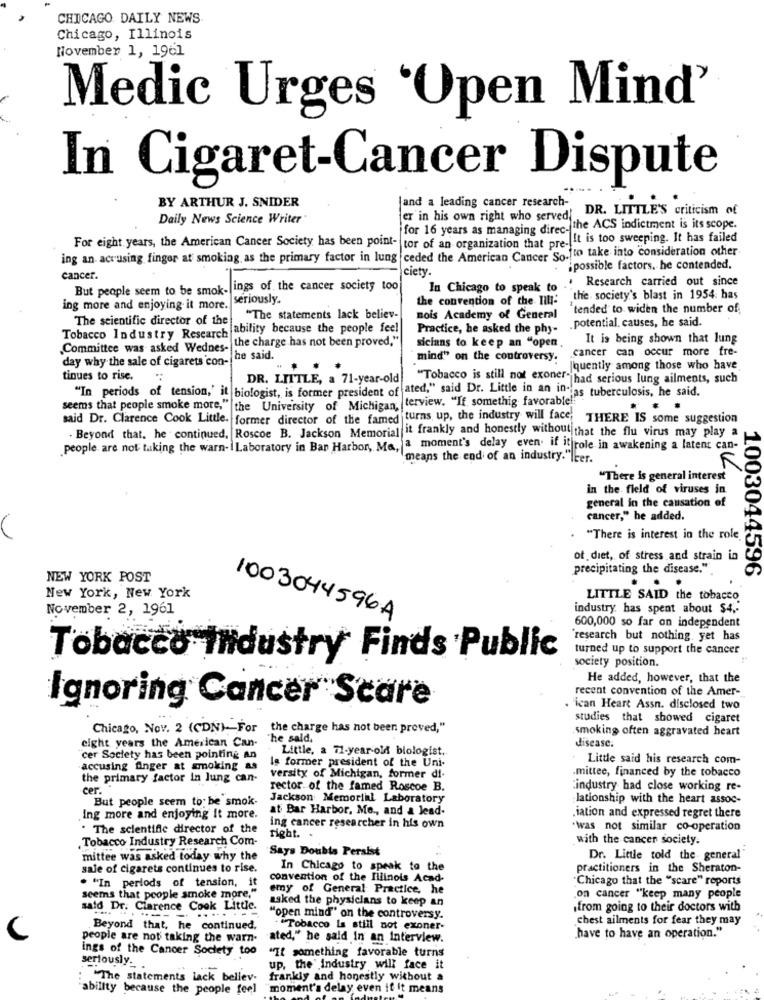
CHICAGO DAILY NEWS
Chicago, Illinois
November 1, 1961
Medic Urges 'Open Mind'
In Cigaret-Cancer Dispute
BY ARTHUR J. SNIDER
Jand a leading cancer research-
er in his own right who served, DR. LITTLE'S criticism of
Daily News Science Writer"
for 16 years as managing direc- the ACS indictment is its scope.
For eight years, the American Cancer Society has been point-to
tor of an organization that pre- It is too sweeping. It has failed
ing an accusing finger at smoking as the primary factor in lung ceded the American Cancer So !to take into consideration other
ciety.
ipossible factors. he contended,
cancer
. Research carried out since
But people seem to be smok- ings of the cancer society too
In Chicago to speak to
seriously.
the convention of the Illi:
the society's blast in 1954: has
ing more and enjoying it more.
"tended to widen the number of,
The scientific director of the
"The statements lack believ-
mois Academy of General
.potential. causes, he said.
Tobacco Industry Research ability because the people feel
Practice, he asked the phy-
the charge has not been proved,"
It is being shown that lung
Committee was asked Wednes-
sicians to keep an "open.
cancer can occur more fre-
day why the sale of cigarets con-
he said.
mind" on the controversy.
quently among those who have
tinues to rise.
DR. LITTLE, a 71-year-old
"Tobacco is still not exoner" had serious lung ailments, such
"In periods of tension,' it biologist, is former president of ated," said Dr. Little in an in ias tuberculosis, he said.
seems that people smoke more," the University of Michigan, terview. "If somethig favorable !! "
said Dr. Clarence Cook Little. former director of the famed turns up, the industry will face. THERE IS some suggestion
. Beyond that. he continued, Roscoe B. Jackson Memorial it frankly and honestly without that the flu virus may play a
.people are not taking the warn- I Laboratory in Bar Harbor, Ma, a moment's delay even. if it role in awakening a latent can-
means the end of an industry."leer.
"There is general interest
in the field of viruses in
general in the causation of
cancer," he added.
"There is interest in the role
ot diet, of stress and strain in
precipitating the disease."
1003044596
NEW YORK POST
New York, New York
LITTLE SAID the tobacco
November 2, 1961
industry, has spent about $4 ,.
1003044596A
600,000 so far on independent
'research but nothing yet has
turned up to support the cancer
Tobacco Industry Finds Public
society position.
He added, however, that the
recent convention of the Amer-
Ignoring Cancer Scare
'ican Heart Assn. disclosed two
studies that showed cigaret
Chicago, Nov. 2 (CDN)- For the charge has not been proved,"
smoking often aggravated heart
"he said,
disease.
eight years the American Can-
Little, a 71-year-old biologist.
"cer Society has been pointing an
Is former president of the Uni-
Little said his research com-
accusing finger at smoking as
.mittee, financed by the tobacco
the primary factor in lung can-
versity of Michigan, former di.
cer.
rector. of the famed Roscoe B.
industry had close working re-
But people seem to be smok-
Jackson Memorial Laboratory
lationship with the heart assoc-
at Bar Harbor, Mo ., and a lead-
Ing more and enjoying it more.
.iation and expressed regret there
. The scientific director of the
ing cancer researcher in his own
.was not similar co-operation
,Tobacco Industry Research Com-
right. .
with the cancer society.
"Says Doubts Persist
mittee was asked today why the
Dr. Little told the general
sale of cigarets continues to rise.
In Chicago to speak to the
practitioners in the Sheraton-
convention of the Illinois Acad-
"Chicago that the "scare" reports
. "In periods of tension, it
emy of General Practice, he
seems that people smoke more."
asked the physicians to keep an
.on cancer "keep many people
said Dr. Clarence Cook Little.
from going to their doctors with
.......-
"open mind" on the controversy.
chest ailments for fear they may
Beyond that, he continued.
. "Tobacco Is still not exoner-
people are not taking the warn-
ated," he said In an Interview.
have to have an operation."
ings of the Cancer Society too
"If something favorable turns
seriously-
up, the' industry will face it
"The statements lack believ-
frankly and honestly without a
ability because the people feel
moment's delay even if it means